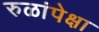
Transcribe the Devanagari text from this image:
रुळांपेक्षा